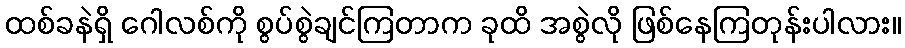
ထစ်ခနဲရှိ ဂေါလစ်ကို စွပ်စွဲချင်ကြတာက ခုထိ အစွဲလို ဖြစ်နေကြတုန်းပါလား။